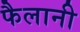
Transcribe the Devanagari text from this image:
फैलानी